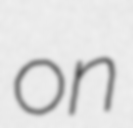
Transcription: on